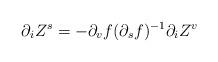
LaTeX: \begin{align*}\partial_iZ^s = -\partial_vf(\partial_sf)^{-1}\partial_iZ^v\end{align*}